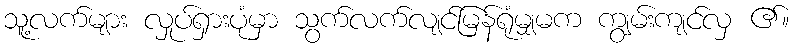
သူ့လက်များ လှုပ်ရှားပုံမှာ သွက်လက်လျင်မြန်ရုံမျှမက ကျွမ်းကျင်လှ ၏။